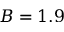
B = 1 . 9